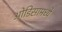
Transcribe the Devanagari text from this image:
ओडिसामध्ये